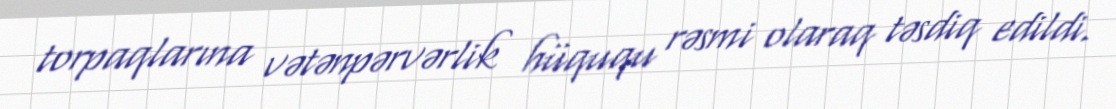
torpaqlarına vətənpərvərlik hüququ rəsmi olaraq təsdiq edildi.